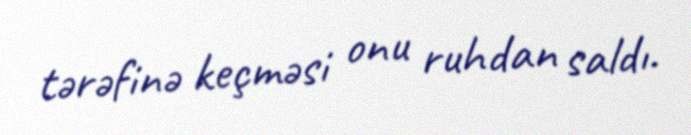
tərəfinə keçməsi onu ruhdan saldı.